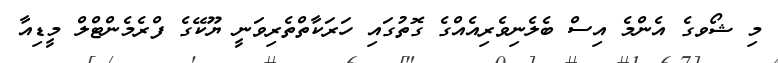
މި ޝޯވގެ އެންމެ އިސް ބެލެނިވެރިއެއްގެ ގޮތުގައި ހަރަކާތްތެރިވަނީ ޔޫކޭގެ ފްރެމެންޓްލް މީޑިއާ